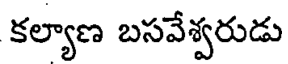
కల్యాణ బసవేశ్వరుడు